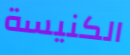
الكنيسة